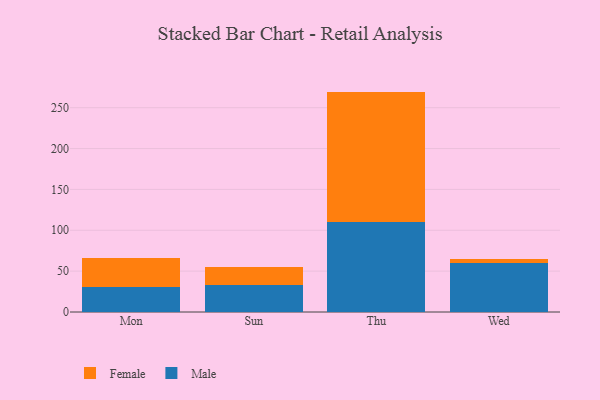
{"axis": {"x": "Day", "y": "Backlog"}, "legend": ["Female", "Male"], "data": [{"x": "Mon", "y": 30.0, "type": "Male"}, {"x": "Mon", "y": 36.5, "type": "Female"}, {"x": "Sun", "y": 32.7, "type": "Male"}, {"x": "Sun", "y": 22.6, "type": "Female"}, {"x": "Thu", "y": 110.7, "type": "Male"}, {"x": "Thu", "y": 159.0, "type": "Female"}, {"x": "Wed", "y": 59.8, "type": "Male"}, {"x": "Wed", "y": 5.6, "type": "Female"}]}